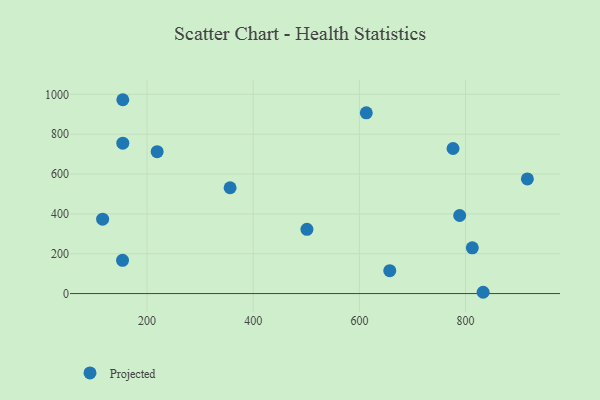
{"axis": {"x": "Price", "y": "Fuel Efficiency"}, "legend": ["Projected"], "data": [{"x": "812.7", "y": 229.7, "type": "Projected"}, {"x": "154.4", "y": 973.0, "type": "Projected"}, {"x": "788.9", "y": 391.8, "type": "Projected"}, {"x": "154.4", "y": 754.8, "type": "Projected"}, {"x": "833.1", "y": 6.5, "type": "Projected"}, {"x": "916.4", "y": 575.5, "type": "Projected"}, {"x": "356.5", "y": 531.1, "type": "Projected"}, {"x": "116.4", "y": 373.3, "type": "Projected"}, {"x": "501.2", "y": 322.7, "type": "Projected"}, {"x": "219.1", "y": 712.4, "type": "Projected"}, {"x": "776.4", "y": 728.3, "type": "Projected"}, {"x": "153.9", "y": 167.1, "type": "Projected"}, {"x": "657.2", "y": 115.0, "type": "Projected"}, {"x": "613.0", "y": 907.4, "type": "Projected"}]}